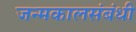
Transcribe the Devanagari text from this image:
जन्मकालसंबंधी